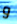
و